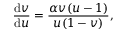
\frac { \mathrm { d } v } { \mathrm { d } u } = \frac { \alpha v ( u - 1 ) } { u ( 1 - v ) } ,